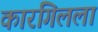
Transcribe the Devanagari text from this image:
कारगिलला